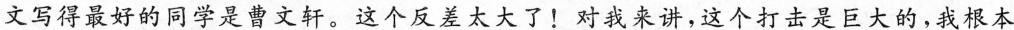
文写得最好的同学是曹文轩。这个反差太大了！对我来讲，这个打击是巨大的，我根本